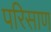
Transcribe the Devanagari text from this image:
परिसाण